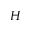
H